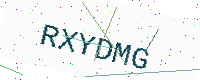
Text: RXYDMG